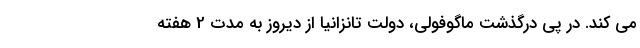
می کند. در پی درگذشت ماگوفولی، دولت تانزانیا از دیروز به مدت 2 هفته